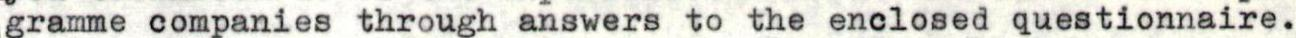
gramme companies through answers to the enclosed questionnaire.